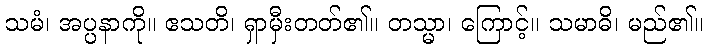
သမံ၊ အပ္ပနာကို။ ဧသတိ၊ ရှာမှီးတတ်၏။ တသ္မာ၊ ကြောင့်။ သမာဓိ၊ မည်၏။